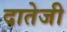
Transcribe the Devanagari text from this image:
दातेजी